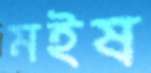
মইষ